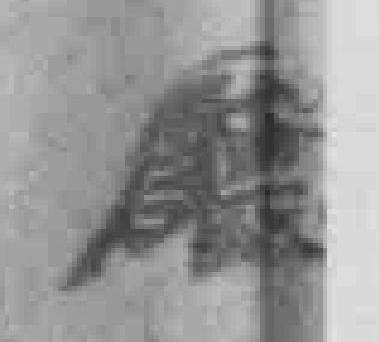
廰